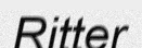
Ritter